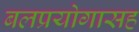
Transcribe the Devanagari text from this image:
बलप्रयोगासह